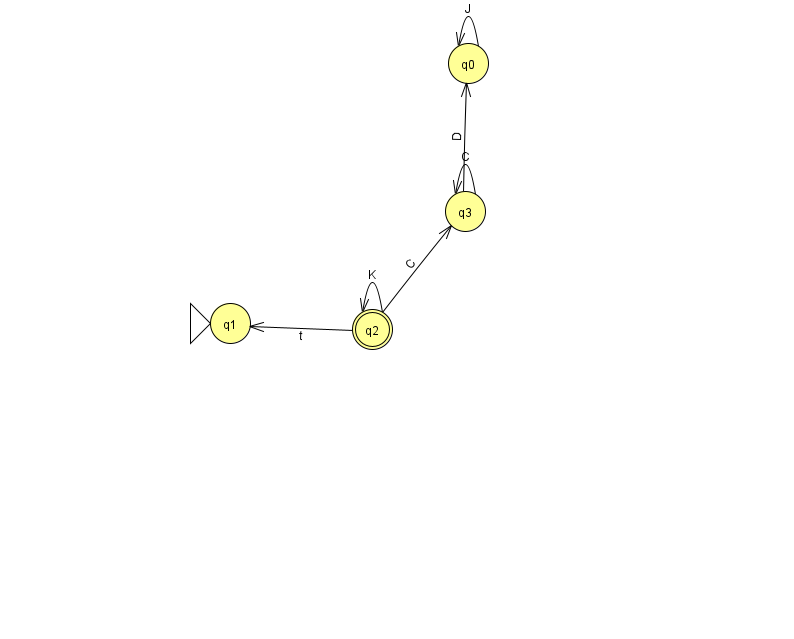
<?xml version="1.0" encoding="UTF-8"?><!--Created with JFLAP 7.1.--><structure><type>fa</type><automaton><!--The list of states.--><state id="0" name="q0"><x>468.0</x><y>50.0</y></state><state id="1" name="q1"><x>230.0</x><y>310.0</y><initial/></state><state id="2" name="q2"><x>372.0</x><y>316.0</y><final/></state><state id="3" name="q3"><x>465.0</x><y>198.0</y></state><!--The list of transitions.--><transition><from>3</from><to>0</to><read>D</read></transition><transition><from>3</from><to>3</to><read>C</read></transition><transition><from>2</from><to>1</to><read>t</read></transition><transition><from>0</from><to>0</to><read>J</read></transition><transition><from>2</from><to>3</to><read>C</read></transition><transition><from>2</from><to>2</to><read>K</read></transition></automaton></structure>